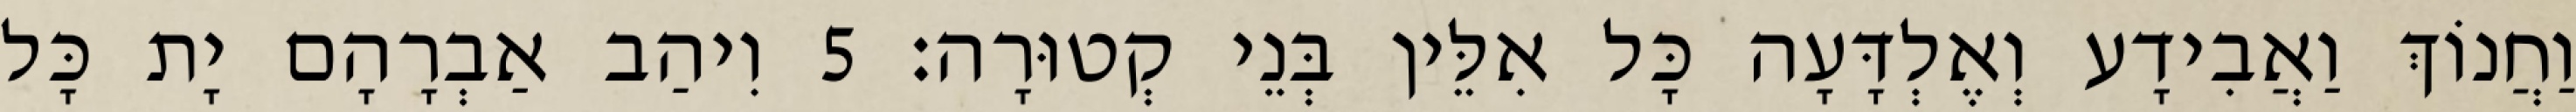
וַחֲנוֹךְ וַאֲבִידָע וְאֶלְדָּעָה כָּל אִלֵּין בְּנֵי קְטוּרָה׃ 5 וִיהַב אַבְרָהָם יָת כָּל